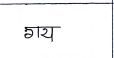
मजकूर: गय